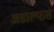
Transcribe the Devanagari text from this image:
अडाल्फस